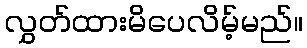
လွှတ်ထားမိပေလိမ့်မည်။